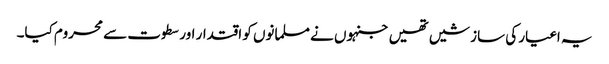
یہ اغیار کی سازشیں تھیں جنہوں نے مسلمانوں کو اقتدار اور سطوت سے محروم کیا۔